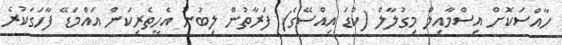
ހާއްސަކޮށް އިސްމާއިލް މިގުލާލް (ކުޑަ އިއްސޭގެ) ފަރާތުން ލިބުނު އެހީތެރިކަން އައްމަޑޭ ފާހަގަކުރެ